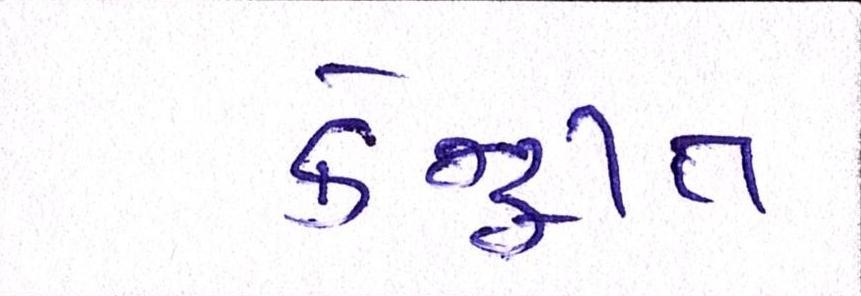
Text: કેન્દ્રીત